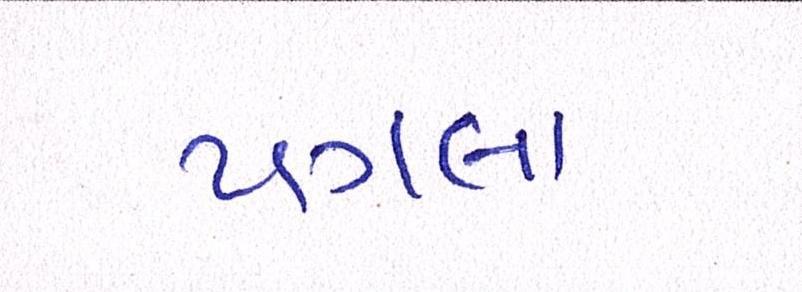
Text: પગલા